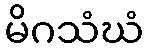
မိဂသံဃံ